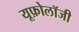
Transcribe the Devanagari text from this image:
यूफ़ोलॉजी